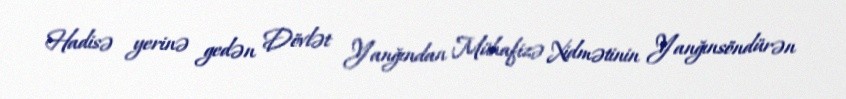
Hadisə yerinə gedən Dövlət Yanğından Mühafizə Xidmətinin Yanğınsöndürən